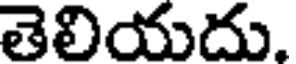
తెలియదు.